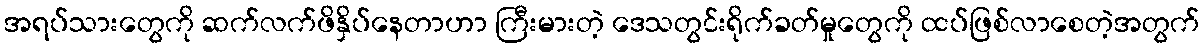
အရပ်သားတွေကို ဆက်လက်ဖိနှိပ်နေတာဟာ ကြီးမားတဲ့ ဒေသတွင်းရိုက်ခတ်မှုတွေကို ထပ်ဖြစ်လာစေတဲ့အတွက်